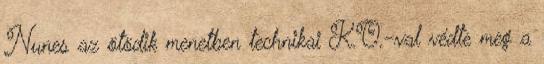
Nunes az ötödik menetben technikai K.O.-val védte meg a